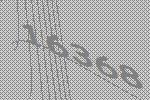
16368